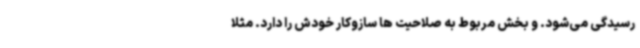
رسیدگی می‌شود. و بخش مربوط به صلاحیت ها سازوکار خودش را دارد. مثلا